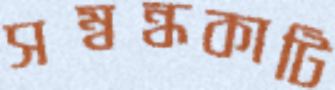
সম্বন্ধকাটি